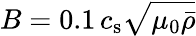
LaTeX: B=0.1\, c_{\mathrm{s}}\sqrt{\mu_{0}\bar{\rho}}